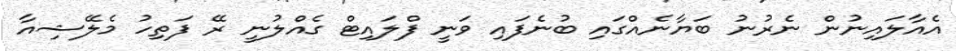
އެއާލައިނުން ނެރުނު ބަޔާނެއްގައި ބުނެފައި ވަނީ ފްލައިޓް ގެއްލުނީ ރޭ ފަތިހު މެލޭޝިއާ